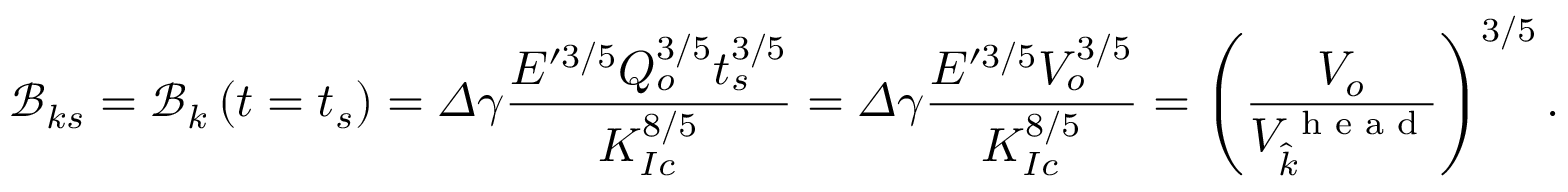
\mathcal { B } _ { k s } = \mathcal { B } _ { k } \left( t = t _ { s } \right) = \varDelta \gamma \frac { E ^ { \prime 3 / 5 } Q _ { o } ^ { 3 / 5 } t _ { s } ^ { 3 / 5 } } { K _ { I c } ^ { 8 / 5 } } = \varDelta \gamma \frac { E ^ { \prime 3 / 5 } V _ { o } ^ { 3 / 5 } } { K _ { I c } ^ { 8 / 5 } } = \left( \frac { V _ { o } } { V _ { \widehat { k } } ^ { \textrm { h e a d } } } \right) ^ { 3 / 5 } .